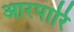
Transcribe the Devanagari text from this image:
आरपारि